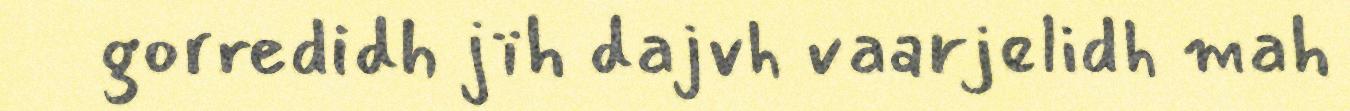
gorredidh jïh dajvh vaarjelidh mah